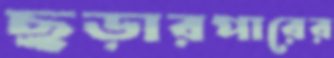
ছড়ারপারের